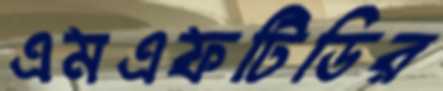
এমএফটিডির